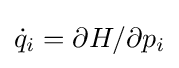
{\dot {q}}_{i}=\partial H/\partial p_{i}